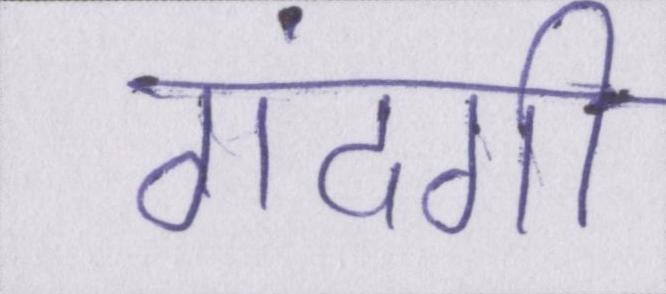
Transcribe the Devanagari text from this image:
गंदगी